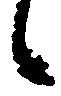
候